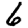
Digit: 6